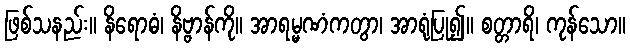
ဖြစ်သနည်း။ နိရောဓံ၊ နိဗ္ဗာန်ကို။ အာရမ္မဏံကတွာ၊ အာရုံပြု၍။ စတ္တာရိ၊ ကုန်သော။